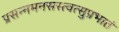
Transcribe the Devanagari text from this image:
प्रसन्नमनसस्त्वत्सुप्रभातं